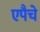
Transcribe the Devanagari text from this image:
एपैचे